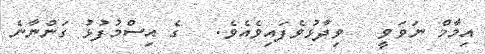
އިމާމް ނަވަވީ   ވިދާޅުވެފައިވެއެވެ.   ގެ އިސްމުފުޅު ގަންނާނެ